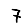
Digit: 7